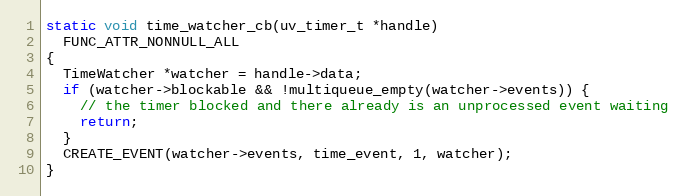
Language: C
static void time_watcher_cb(uv_timer_t *handle)
  FUNC_ATTR_NONNULL_ALL
{
  TimeWatcher *watcher = handle->data;
  if (watcher->blockable && !multiqueue_empty(watcher->events)) {
    // the timer blocked and there already is an unprocessed event waiting
    return;
  }
  CREATE_EVENT(watcher->events, time_event, 1, watcher);
}